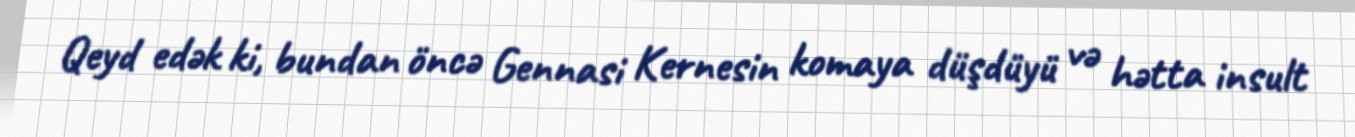
Qeyd edək ki, bundan öncə Gennasi Kernesin komaya düşdüyü və hətta insult